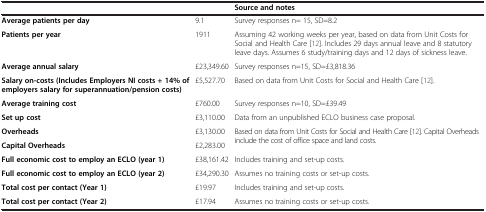
|  |  | Source and notes |
 | --- | --- | --- |
 | Average patients per day | 9.1 | Survey responses n= 15, SD=8.2 |
 | Patients per year | 1911 | Assuming 42 working weeks per year, based on data from Unit Costs for Social and Health Care [12]. Includes 29 days annual leave and 8 statutory leave days. Assumes 6 study/training days and 12 days of sickness leave. |
 | Average annual salary | £23,349.60 | Survey responses n=15, SD=£3,818.36 |
 | Salary on-costs (Includes Employers NI costs + 14% of employers salary for superannuation/pension costs) | £5,527.70 | Based on data from Unit Costs for Social and Health Care [12]. |
 | Average training cost | £760.00 | Survey responses n=10, SD=£39.49 |
 | Set up cost | £3,110.00 | Data from an unpublished ECLO business case proposal. |
 | Overheads | £3,130.00 | <ROWSPAN=2> Based on data from Unit Costs for Social and Health Care [12]. Capital Overheads include the cost of office space and land costs. |
 | Capital Overheads | £2,283.00 |
 | Full economic cost to employ an ECLO (year 1) | £38,161.42 | Includes training and set-up costs. |
 | Full economic cost to employ an ECLO (year 2) | £34,290.30 | Assumes no training costs or set-up costs. |
 | Total cost per contact (Year 1) | £19.97 | Includes training and set-up costs. |
 | Total cost per contact (Year 2) | £17.94 | Assumes no training costs or set-up costs. |